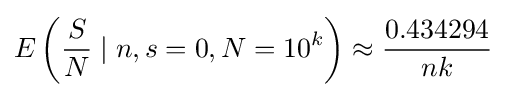
E\left({S \over N}\mid n,s=0,N=10^{k}\right)\approx {0.434294 \over nk}